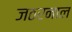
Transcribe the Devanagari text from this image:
जठरनाल